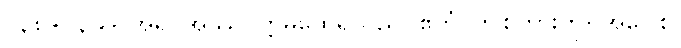
ဝ၃၈+ဝ၃၉+ အရှင်အဿဂုတ္တမထေရ်သည်။ ဧတံ၊ ဤစကားကို။ အဝေါစ၊